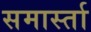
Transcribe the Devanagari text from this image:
समार्स्ता